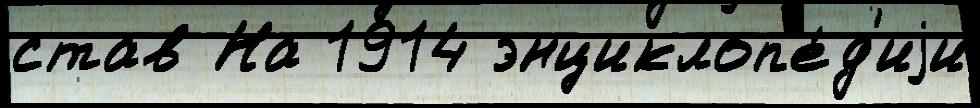
став На 1914 энциклоп'е́д'иjи